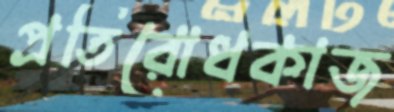
প্রতিরোধকাজ